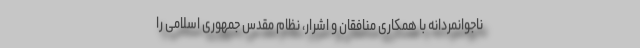
ناجوانمردانه با همکاری منافقان و اشرار، نظام مقدس جمهوری اسلامی را